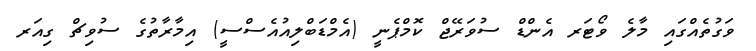
ވަގުތެއްގައި މާލެ ވޯޓަރ އެންޑް ސުވަރޭޖް ކޮމްޕެނީ (އެމްޑަބްލިއުއެސްސީ) އިމާރާތުގެ ސުވިޗް ގިއަރ